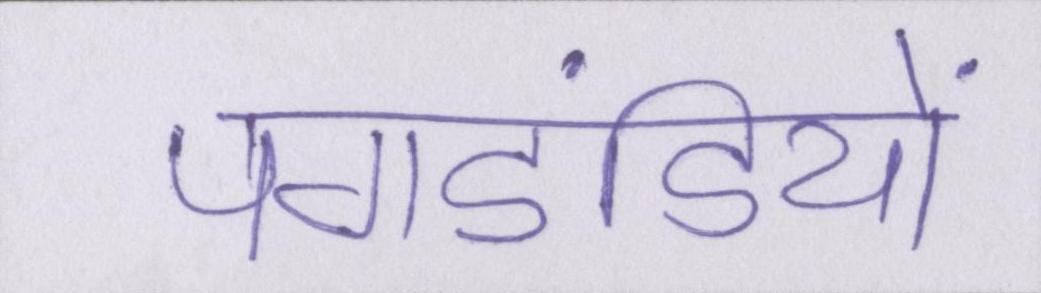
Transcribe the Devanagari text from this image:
पगडंडियों